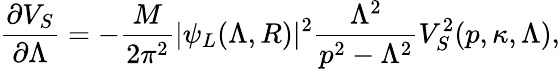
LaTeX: \frac{\partial V_{S}}{\partial\Lambda}=-\frac{M}{2\pi^{2}}|\psi_{L}(\Lambda,R)|^{2}\frac{\Lambda^{2}}{p^{2}-\Lambda^{2}}V_{S}^{2}(p,\kappa,\Lambda),